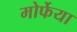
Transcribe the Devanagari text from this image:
मोर्फेया